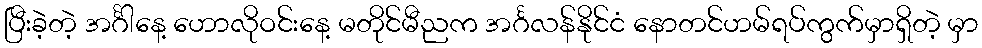
ပြီးခဲ့တဲ့ အင်္ဂါနေ့ ဟောလိုဝင်းနေ့ မတိုင်မီညက အင်္ဂလန်နိုင်ငံ နောတင်ဟမ်ရပ်ကွက်မှာရှိတဲ့ မှာ